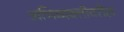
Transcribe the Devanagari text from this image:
अभिव्यक्तीवरील